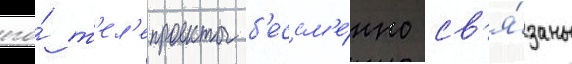
его́ т'ел'епроекты б'ессм'е́нно св'я́заны